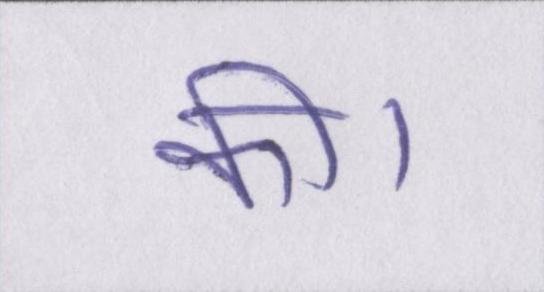
की।